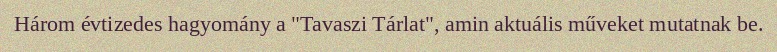
Három évtizedes hagyomány a "Tavaszi Tárlat", amin aktuális műveket mutatnak be.